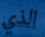
الذي